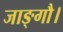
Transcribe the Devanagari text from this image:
जाङ्गौ।